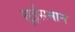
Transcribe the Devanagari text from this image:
सुईसमान